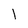
Character: l